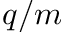
q / m